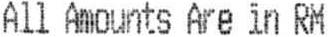
ALL AMOUNTS ARE IN RM